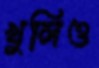
খুলিও